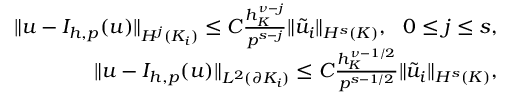
\begin{array} { r l r } & { } & { \| u - I _ { h , p } ( u ) \| _ { H ^ { j } ( K _ { i } ) } \le C \frac { h _ { K } ^ { \nu - j } } { p ^ { s - j } } \| \tilde { u } _ { i } \| _ { H ^ { s } ( K ) } , \ \ 0 \le j \le s , } \\ & { } & { \| u - I _ { h , p } ( u ) \| _ { L ^ { 2 } ( \partial K _ { i } ) } \le C \frac { h _ { K } ^ { \nu - 1 / 2 } } { p ^ { s - 1 / 2 } } \| \tilde { u } _ { i } \| _ { H ^ { s } ( K ) } , } \end{array}